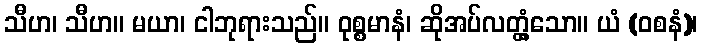
သီဟ၊ သီဟ။ မယာ၊ ငါဘုရားသည်။ ဝုစ္စမာနံ၊ ဆိုအပ်လတ္တံ့သော။ ယံ (ဝစနံ)၊